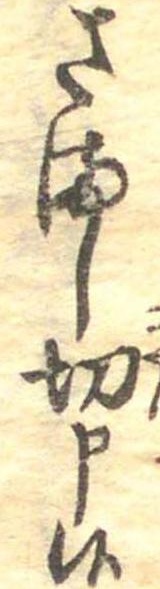
さまし切申候